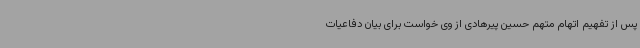
پس از تفهیم اتهام متهم حسین پیرهادی از وی خواست برای بیان دفاعیات